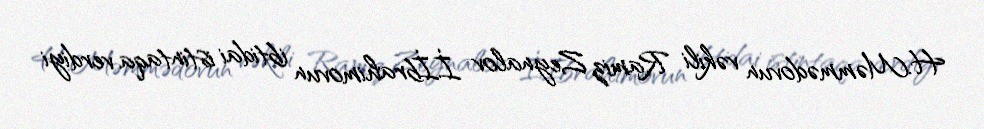
H.Məmmədovun vəkili Ramiz Zeynalov İ.İbrahimovun ibtidai istintaqa verdiyi